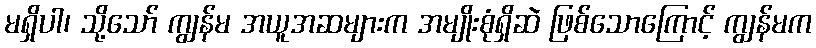
မရှိပါ၊ သို့သော် ကျွန်မ အယူအဆများက အမျိုးစုံရှိဆဲ ဖြစ်သောကြောင့် ကျွန်မက